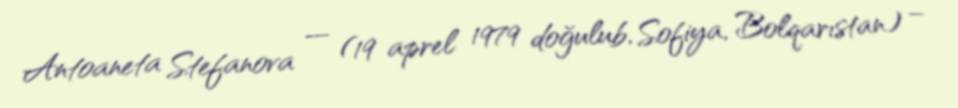
Antoaneta Stefanova — (19 aprel 1979 doğulub, Sofiya, Bolqarıstan) –